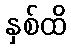
နှစ်ထိ